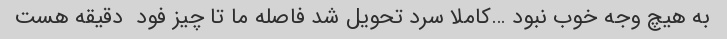
به هیچ وجه خوب نبود …کاملا سرد تحویل شد فاصله ما تا چیز فود  دقیقه هست